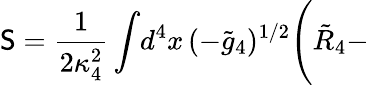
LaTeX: \mathsf{S}=\frac{{1}}{{2\kappa_{4}^{2}}}\int\! d^{4}x\, (-\tilde{{g}}_{4})^{1/2}\Biggl(\tilde{{R}}_{4}-